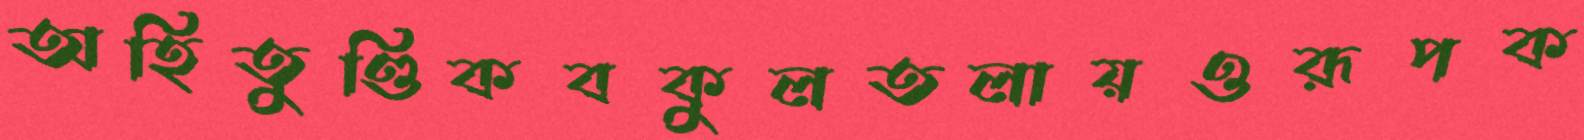
অহিতুণ্ডিকবকুলতলায়ওরূপক